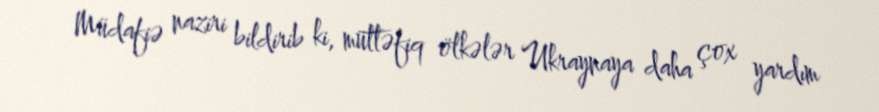
Müdafiə naziri bildirib ki, müttəfiq ölkələr Ukraynaya daha çox yardım